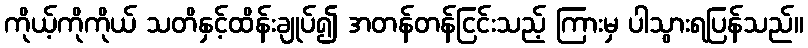
ကိုယ့်ကိုကိုယ် သတိနှင့်ထိန်းချုပ်၍ အတန်တန်ငြင်းသည့် ကြားမှ ပါသွားရပြန်သည်။